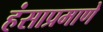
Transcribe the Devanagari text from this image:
हंसाप्रमाणे